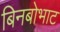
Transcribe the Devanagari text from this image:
बिनबोभाट